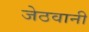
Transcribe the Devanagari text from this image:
जेठवानी